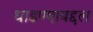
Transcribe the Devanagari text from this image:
धाडण्याबद्दल